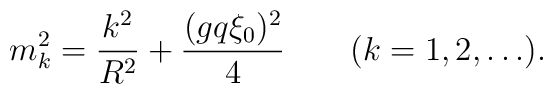
m^2_k = {k^2 \over R^2} + {(gq\xi_0)^2 \over 4} \qquad (k=1,2,\ldots).